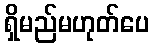
ရှိမည်မဟုတ်ပေ